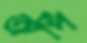
অর্পি